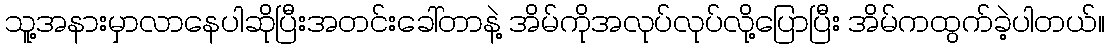
သူ့အနားမှာလာနေပါဆိုပြီးအတင်းခေါ်တာနဲ့ အိမ်ကိုအလုပ်လုပ်လို့ပြောပြီး အိမ်ကထွက်ခဲ့ပါတယ်။